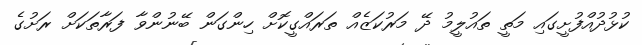
ކުޅުދުއްފުށީގައި މަތީ ތައުލީމު ދޭ މަރުކަޒެއް ތަރައްގީކޮށް ހިންގަން ބޭނުންވާ ފަރާތަކަށް ރަށުގެ